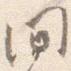
間